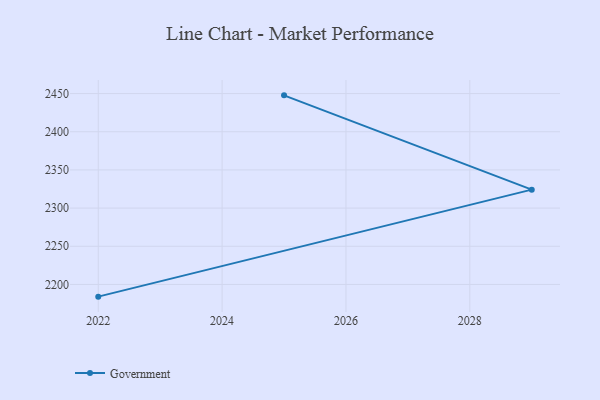
{"axis": {"x": "Year", "y": "Shipments"}, "legend": ["Government"], "data": [{"x": "2022", "y": 2184.0, "type": "Government"}, {"x": "2029", "y": 2324.2, "type": "Government"}, {"x": "2025", "y": 2447.7, "type": "Government"}]}